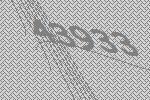
43933